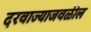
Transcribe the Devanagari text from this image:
दरवाज्याजवळील